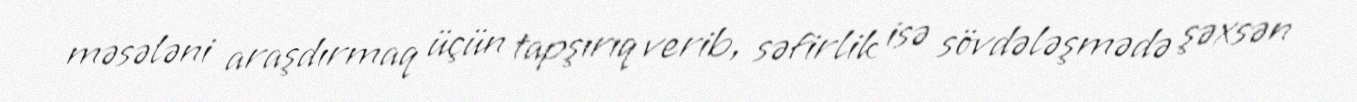
məsələni araşdırmaq üçün tapşırıq verib, səfirlik isə sövdələşmədə şəxsən